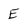
Character: E